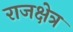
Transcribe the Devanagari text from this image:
राजक्षेत्र